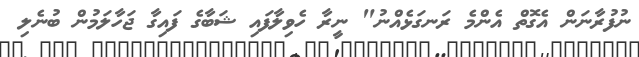
ނުފުރާނަން އެގޮތް އެންމެ ރަނގަޅެއްނު" ނީރާ ހެވިލާފައި ޝަބާގެ ފައިގާ ޖަހާލަމުން ބުނެލި